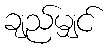
ချည်မျှင်